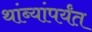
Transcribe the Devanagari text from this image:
थांब्यांपर्यंत